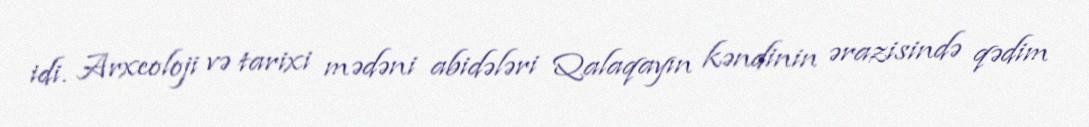
idi. Arxeoloji və tarixi mədəni abidələri Qalaqayın kəndinin ərazisində qədim